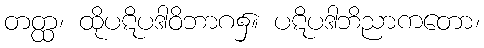
တတ္ထ၊ ထိုပဋိပဒါဝိဘာဂ၌။ ပဋိပဒါဘိညာကတော၊